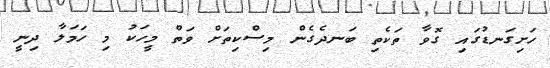
ހަށިގަނޑުގައި ގޮވާ ތަކެތި ބަނދެގެން މިސްކިތަށް ވަތް މީހަކު މި ހަމަލާ ދިނީ